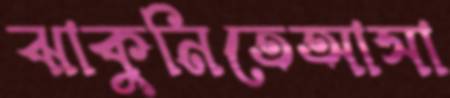
ঝাকুনিতেআসা